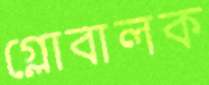
গ্লোবালক